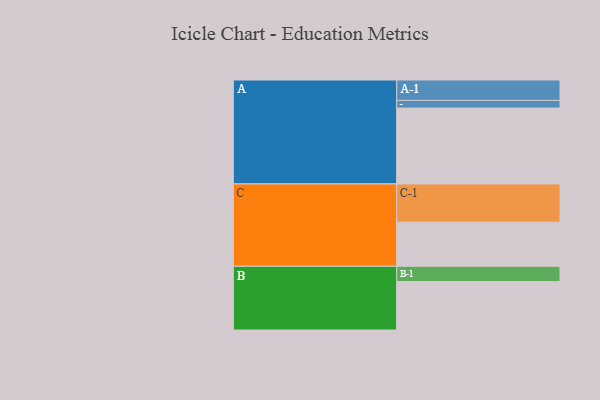
{"axis": {"x": "Segment", "y": "Value"}, "legend": ["", "A", "B", "C"], "data": [{"x": "A", "y": 564, "type": ""}, {"x": "B", "y": 360, "type": ""}, {"x": "C", "y": 328, "type": ""}, {"x": "A-1", "y": 152, "type": "A"}, {"x": "A-2", "y": 57, "type": "A"}, {"x": "B-1", "y": 114, "type": "B"}, {"x": "C-1", "y": 284, "type": "C"}]}